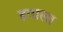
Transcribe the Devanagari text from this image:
हपाला